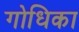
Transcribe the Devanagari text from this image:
गोधिका